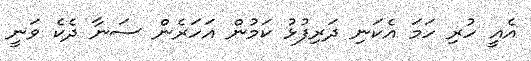
އެއީ ހުރި ހަމަ އެކަނި ދަރިފުޅު ކަމުން އަހަރެން ސަނާ ދެކެ ވަނީ